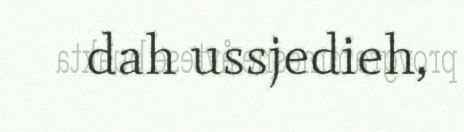
dah ussjedieh,